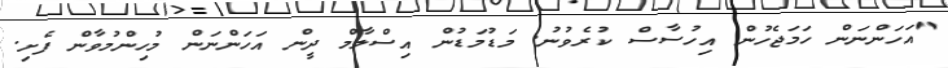
"އަހަންނަން ހަމަޖެހުން އިހުސާސް ކުރެވުނު. މަޑުމަޑުން އިސްލާމް ދީން އަހަންނަން މުހިންމުވާން ފެށި.